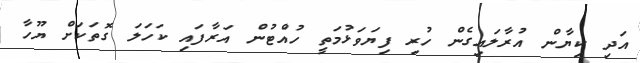
އަދި ކިޔާން އުރާލައިގެން ހުރި ފިޔަވަޅުމަތީ ހުއްޓުން އަރާފައި ކަހަލަ ގޮތަކަށް ޔޫހާ